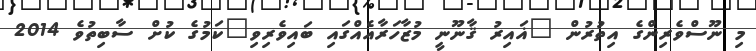
މި ނޫސްވެރިންގެ އިތުރުން "ޣައިރު ޤާނޫނީ މުޒާހަރާއެއްގައި ބައިވެރިވި"ކަމުގެ ކުށް ސާބިތުވެ 2014